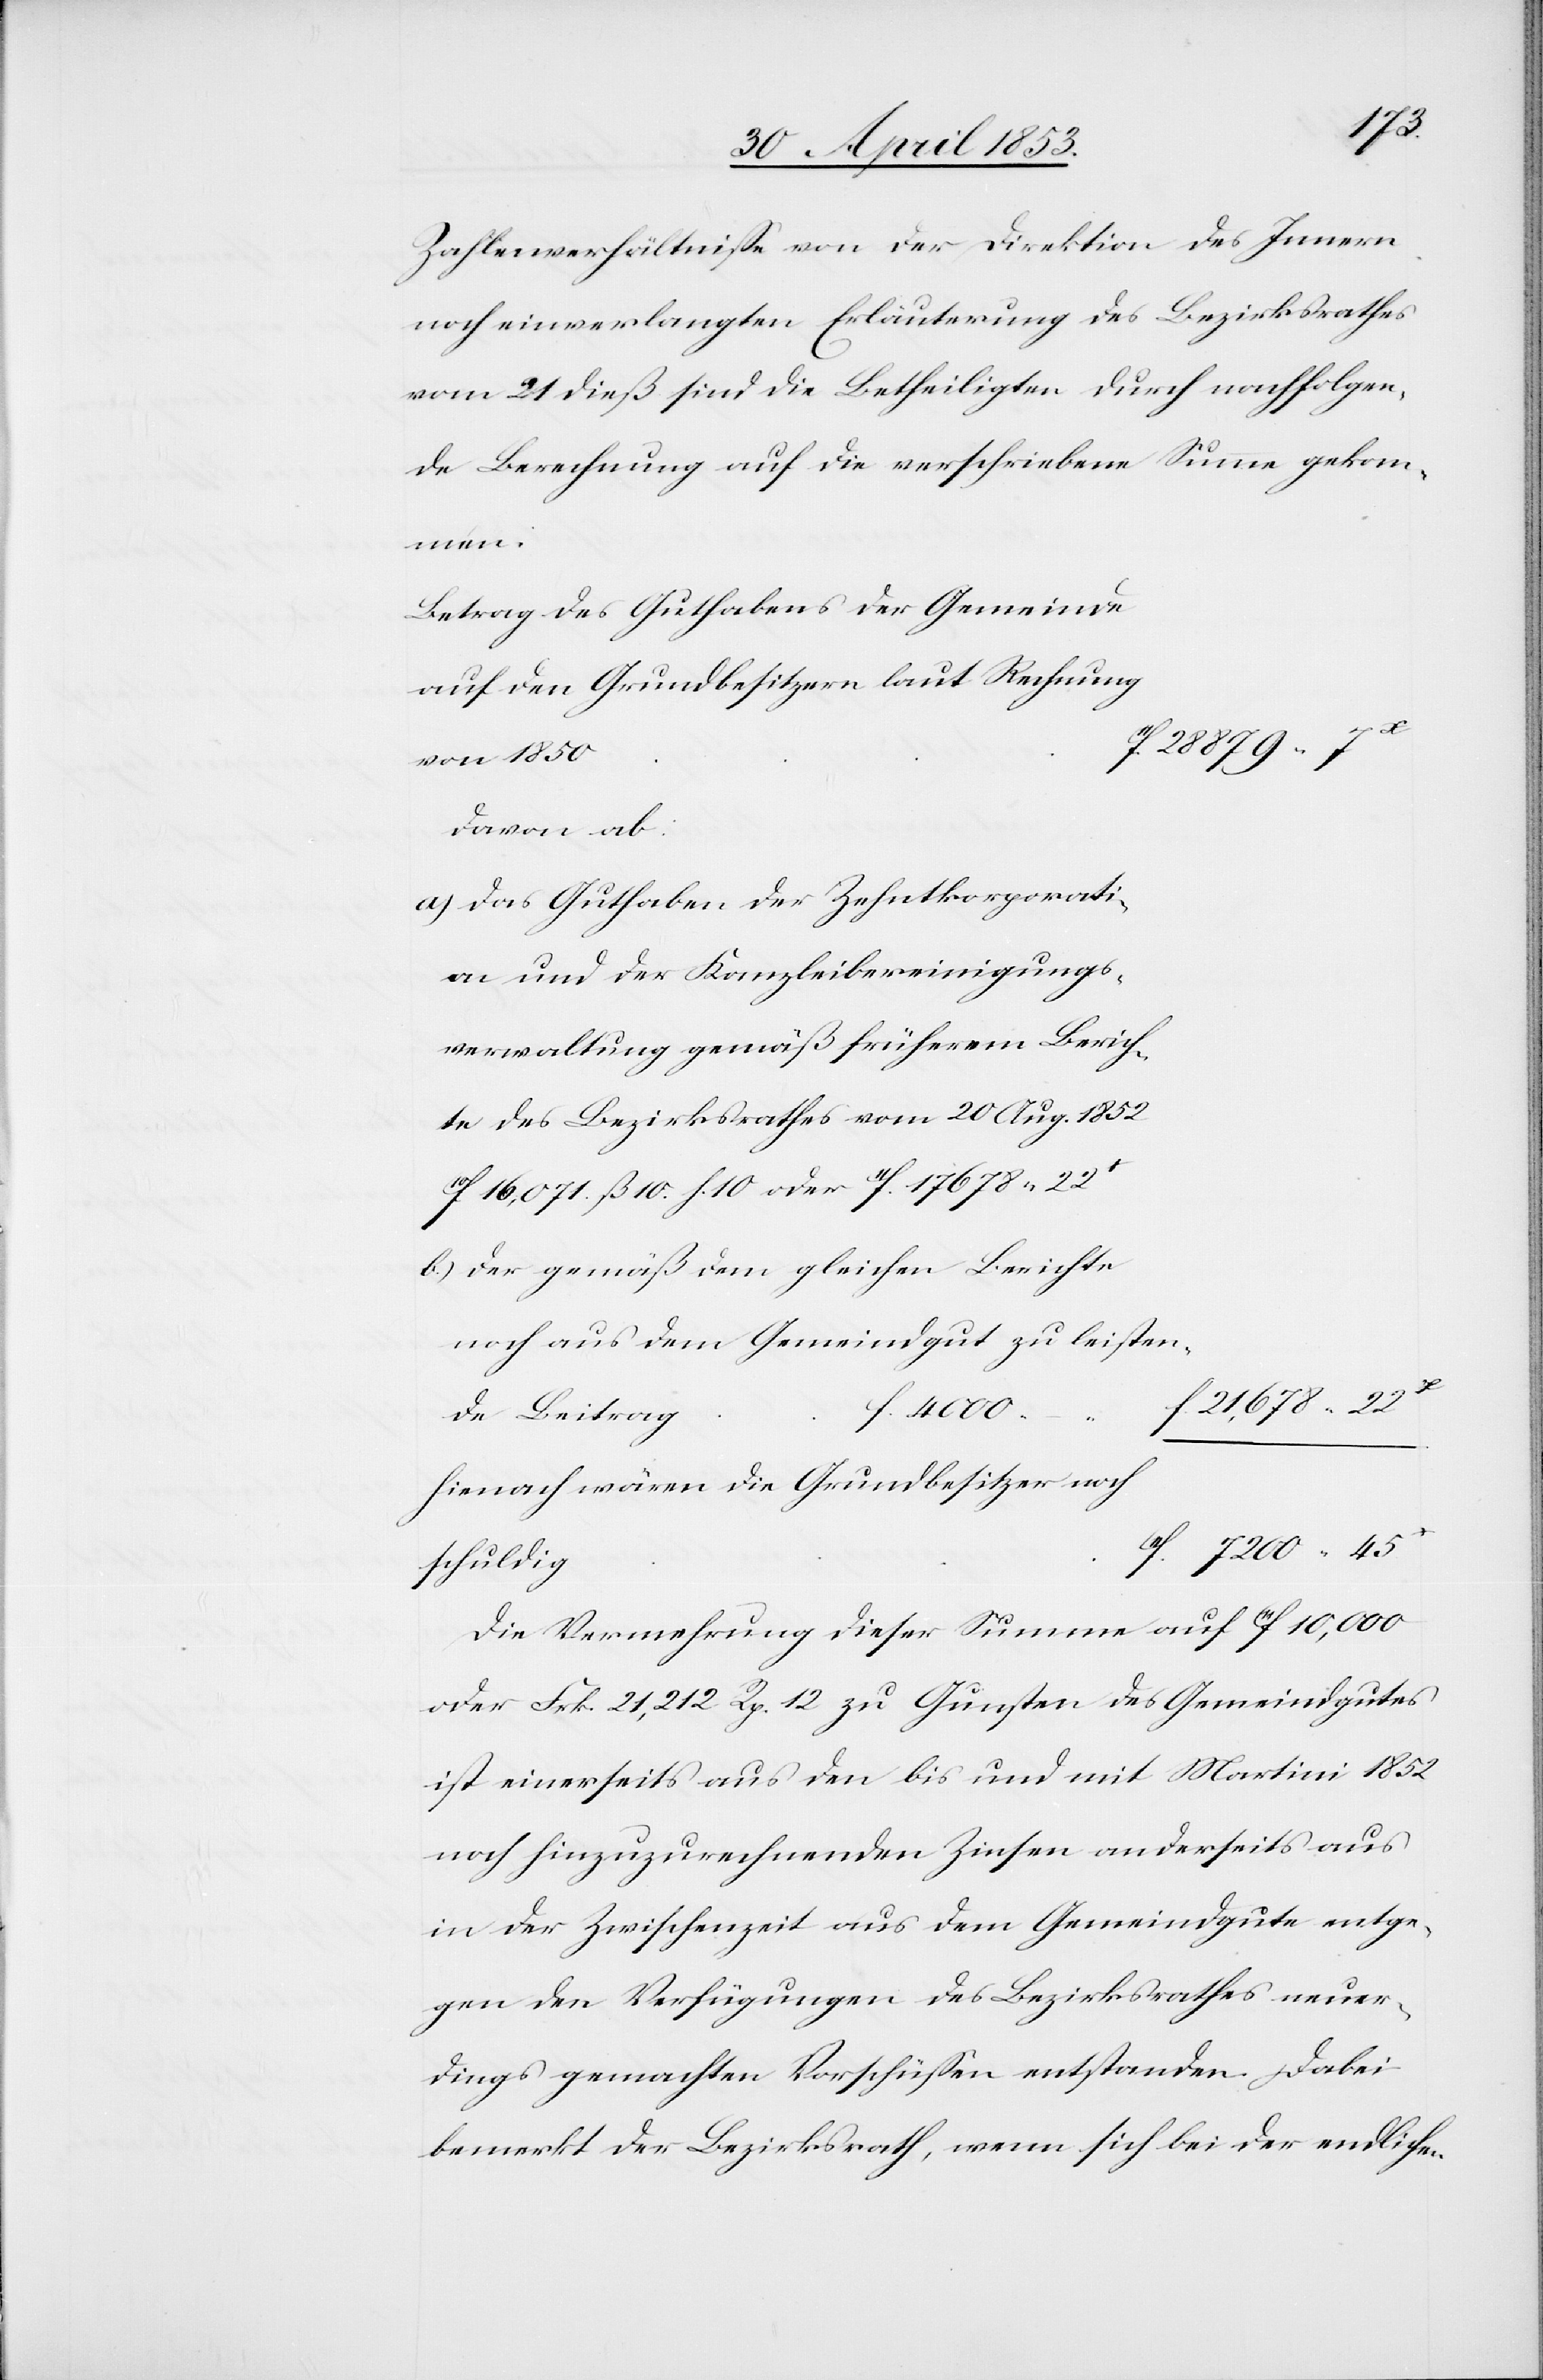
45
Zahlenverhältniße von der Direktion des Innern
noch einverlangten Erläuterung des Bezirksrathes
vom 21 dieß sind die Betheiligten durch nachfolgen¬
de Berechnung auf die verschriebene Summe gekom¬
leisten¬
Betrag des Guthabens der Gemeinde
auf den Grundbesitzern laut Rechnung
22 879. 7
davon ab:
a) Das Guthaben der Zehntkorporati¬
verwaltung gemäß früherem Berich¬
des Bezirksrathes vom 20 Aug. 1852
b.) der gemäß dem gleichen Berichte
f. 17 678 22
de Beitrag
22
hienach wären die Grundbesitzer noch
Die Vermehrung dieser Summe auf f.10, 000
oder Frk. 21,212 Rp. 12 zu Gunsten des Gemeindgutes
ist einerseits aus den bis und mit Martini 1852
noch hinzurechnenden Zinsen anderseits aus
in der Zwischenzeit aus dem Gemeindgutes entge¬
gen der Verfügungen des Bezirksrathes neuer¬
dings gemachten Vorschüßen entstanden. Dabei
bemerkt der Bezirksrath, wenn sich bei der endlichen